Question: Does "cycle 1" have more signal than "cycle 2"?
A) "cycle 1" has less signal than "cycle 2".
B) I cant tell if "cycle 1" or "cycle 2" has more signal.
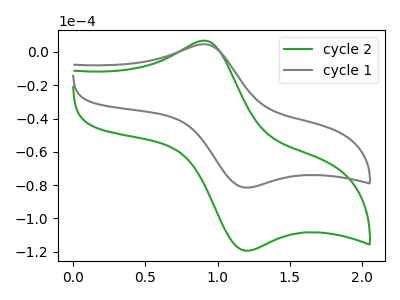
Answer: <think>The green curve "cycle 2" has an anodic peak at (0.90V, 6.75uA) and a cathodic peak at (1.20V, -119.45uA). The gray curve "cycle 1" has an anodic peak at (0.90V, 4.60uA) and a cathodic peak at (1.20V, -81.50uA).
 All the peaks in "cycle 1" have a peak in "cycle 2" at the same potential. Every peak in "cycle 1" is lower than every peak in "cycle 2".</think>
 <answer>A) "cycle 1" has less signal than "cycle 2".</answer>
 <eval>A</eval>